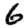
Digit: 6